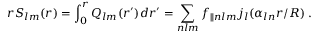
r S _ { l m } ( r ) = \int _ { 0 } ^ { r } Q _ { l m } ( r ^ { \prime } ) d r ^ { \prime } = \sum _ { n l m } f _ { \parallel n l m } j _ { l } ( \alpha _ { l n } r / R ) \; .